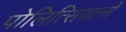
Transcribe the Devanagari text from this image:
पोलित्सियानो